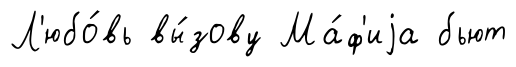
Л'юбо́вь вы́зову Ма́ф'иjа бьют